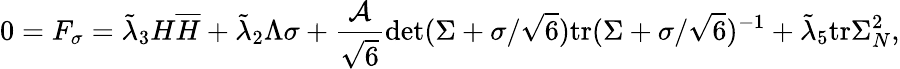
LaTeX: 0=F_{\sigma}=\tilde{\lambda}_{3}H\overline{{{H}}}+\tilde{\lambda}_{2}\Lambda\sigma+\frac{{\cal A}}{\sqrt{6}}\operatorname*{det}(\Sigma+\sigma/\sqrt{6})\mathrm{tr}(\Sigma+\sigma/\sqrt{6})^{-1}+\tilde{\lambda}_{5}\mathrm{tr}{\Sigma_{N}^{2}},